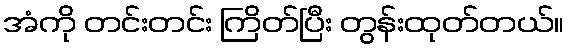
အံကို တင်းတင်း ကြိတ်ပြီး တွန်းထုတ်တယ်။